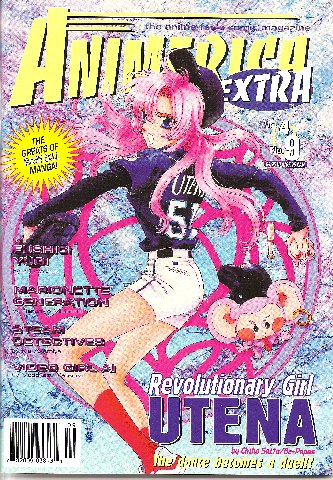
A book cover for Animerica Extra (Volume 4, No. 6); Animerica; Comics & Graphic Novels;